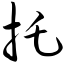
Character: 托